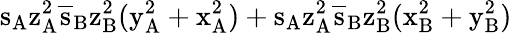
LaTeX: \mathrm{s_{A}\mathrm{z_{A}^{2}\mathrm{\overline{{s}}_{B}\mathrm{z_{B}^{2}(\mathrm{y_{A}^{2}+\mathrm{x_{A}^{2})+\mathrm{s_{A}\mathrm{z_{A}^{2}\mathrm{\overline{{s}}_{B}\mathrm{z_{B}^{2}(\mathrm{x_{B}^{2}+\mathrm{y_{B}^{2})}}}}}}}}}}}}